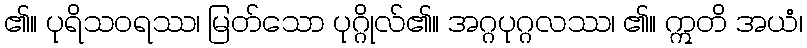
၏။ ပုရိသဝရဿ၊ မြတ်သော ပုဂ္ဂိုလ်၏။ အဂ္ဂပုဂ္ဂလဿ၊ ၏။ ဣတိ အယံ၊